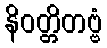
နိဝတ္တိတဗ္ဗံ